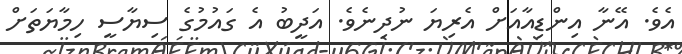
އެވެ. އޭނާ އިންޑިއާއަށް އެރިޔަ ނުދިނެވެ. އަދީބު އެ ގައުމުގެ ސިޔާސީ ހިމާޔަތަށް